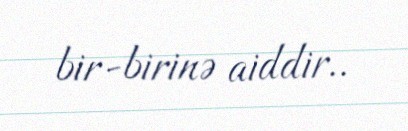
bir-birinə aiddir..